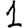
Digit: 1